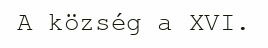
A község a XVI.